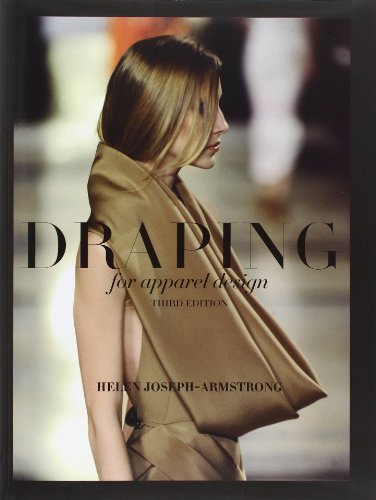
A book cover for Draping for Apparel Design; Helen Joseph-Armstrong; Humor & Entertainment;